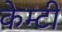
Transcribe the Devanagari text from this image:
केम्टी